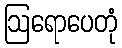
ဩရောပေတုံ